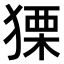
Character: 𤠫